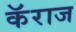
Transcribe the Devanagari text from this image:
कॅराज